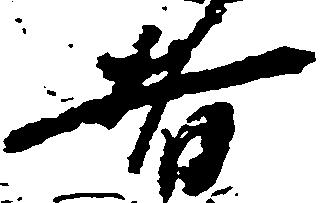
者